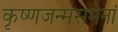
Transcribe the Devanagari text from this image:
कृष्णजन्मसमेनां